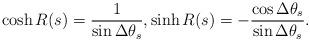
LaTeX: \begin{align*}\cosh R(s) = \frac {1}{\sin \Delta \theta_s}, \sinh R(s) = - \frac {\cos \Delta \theta_s}{\sin \Delta \theta_s}.\end{align*}